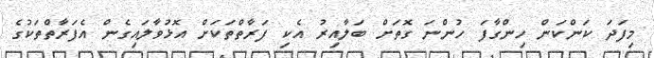
މިފަދަ ކަންކަން ހިންގާފަ ހުންނަ ގޮތަށް ބަލާއިރު އެކި ފަރާތްތަކަށް އޮޅުވާލައިގެން އެފަރާތްތަކުގެ